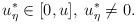
LaTeX: \begin{align*} u_\eta^*\in[0,u],\; u_\eta^*\not=0.\end{align*}